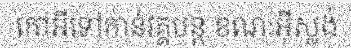
កៅអីទៅកាន់វគ្គបន្ត ខណៈអ៊ីស្លង់